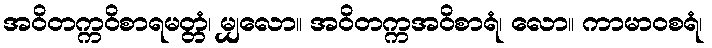
အဝိတက္ကဝိစာရမတ္တံ၊ မျှလော။ အဝိတက္ကအဝိစာရံ၊ လော။ ကာမာဝစရံ၊